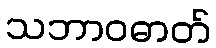
သဘာဝဓာတ်